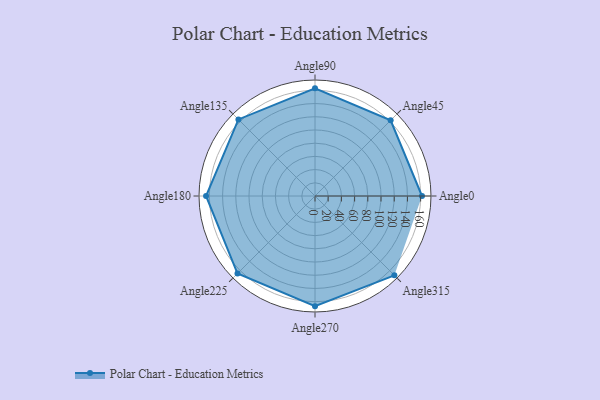
{"axis": {"x": "Angle", "y": "Radius"}, "legend": [""], "data": [{"x": "Angle0", "y": 162.0, "type": ""}, {"x": "Angle45", "y": 162.0, "type": ""}, {"x": "Angle90", "y": 163.0, "type": ""}, {"x": "Angle135", "y": 164.0, "type": ""}, {"x": "Angle180", "y": 165.0, "type": ""}, {"x": "Angle225", "y": 166.0, "type": ""}, {"x": "Angle270", "y": 167.0, "type": ""}, {"x": "Angle315", "y": 170, "type": ""}]}